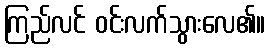
ကြည်လင် ဝင်းလက်သွားလေ၏။